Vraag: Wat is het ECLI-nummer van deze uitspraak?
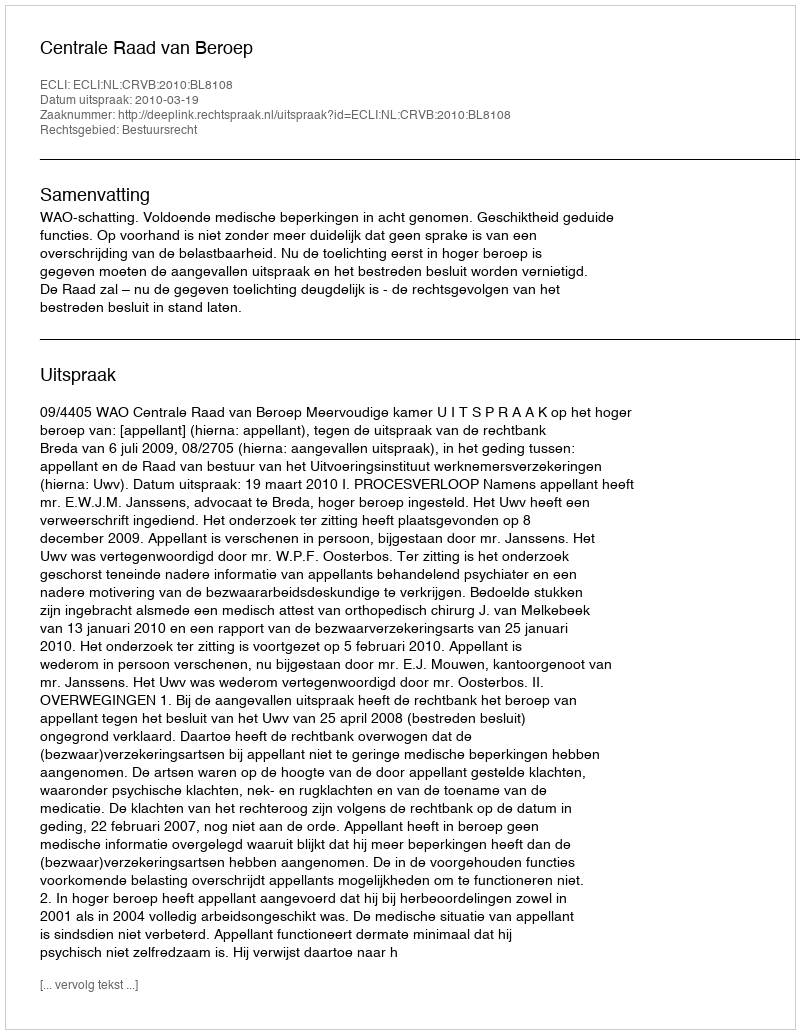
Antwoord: ECLI:NL:CRVB:2010:BL8108